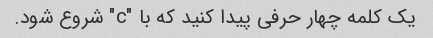
یک کلمه چهار حرفی پیدا کنید که با "c" شروع شود.